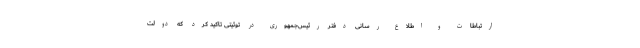
ارتباطات و اطلاع رسانی دفتر رئیس‌جمهوری در توئیتی تاکید کرد که دولت